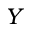
Y